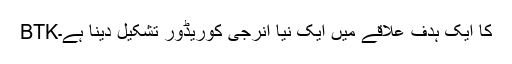
BTKکا ایک ہدف علاقے میں ایک نیا انرجی کوریڈور تشکیل دینا ہے۔